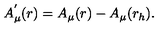
A _ { \mu } ^ { ' } ( r ) = A _ { \mu } ( r ) - A _ { \mu } ( r _ { h } ) .